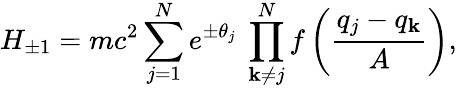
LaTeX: H_{\pm1}=mc^{2}\sum_{j=1}^{N}e^{\pm\theta_{j}}\ \prod_{\mathbf{k}\not{=}j}^{N}f\left(\frac{{q_{j}-q_{\mathbf{k}}}}{{A}}\right),